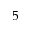
5